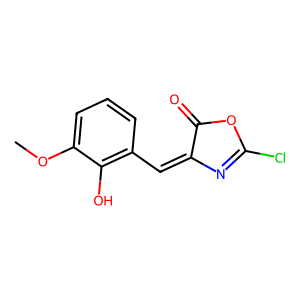
SMILES: COc1cccc(C=C2N=C(Cl)OC2=O)c1O
Inhibits HIV replication: No